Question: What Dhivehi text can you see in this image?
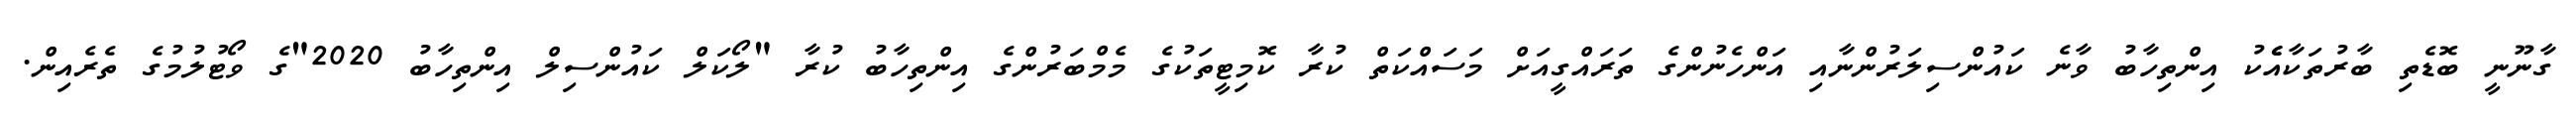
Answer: ގާނޫނީ ބޮޑެތި ބާރުތަކާއެެކު އިންތިހާބު ވާނެ ކައުންސިލަރުންނާއި އަންހެނުންގެ ތަރައްގީއަށް މަސައްކަތް ކުރާ ކޮމިޓީތަކުގެ މެމްބަރުންގެ އިންތިހާބު ކުރާ "ލޯކަލް ކައުންސިލް އިންތިހާބު 2020"ގެ ވޯޓުލުމުގެ ތެރެއިން.